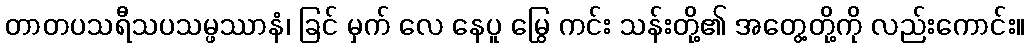
တာတပသရီသပသမ္ဖဿာနံ၊ ခြင် မှက် လေ နေပူ မြွေ ကင်း သန်းတို့၏ အတွေ့တို့ကို လည်းကောင်း။